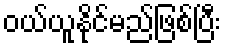
ဝယ်ယူနိုင်မည်ဖြစ်ပြီး